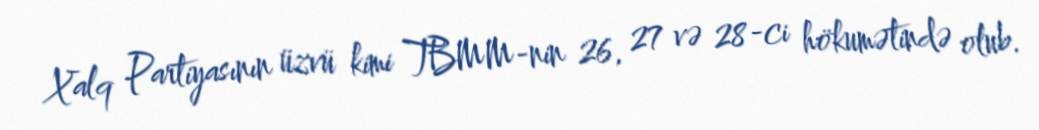
Xalq Partiyasının üzvü kimi TBMM-nin 26, 27 və 28-ci hökumətində olub.